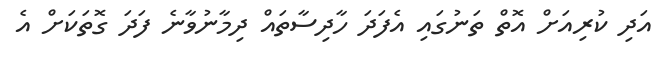
އަދި ކުރިއަށް އޮތް ތަނުގައި އެފަދަ ހާދިސާތައް ދިމާނުވާނެ ފަދަ ގޮތަކަށް އެ